Lock hospitals Punjab
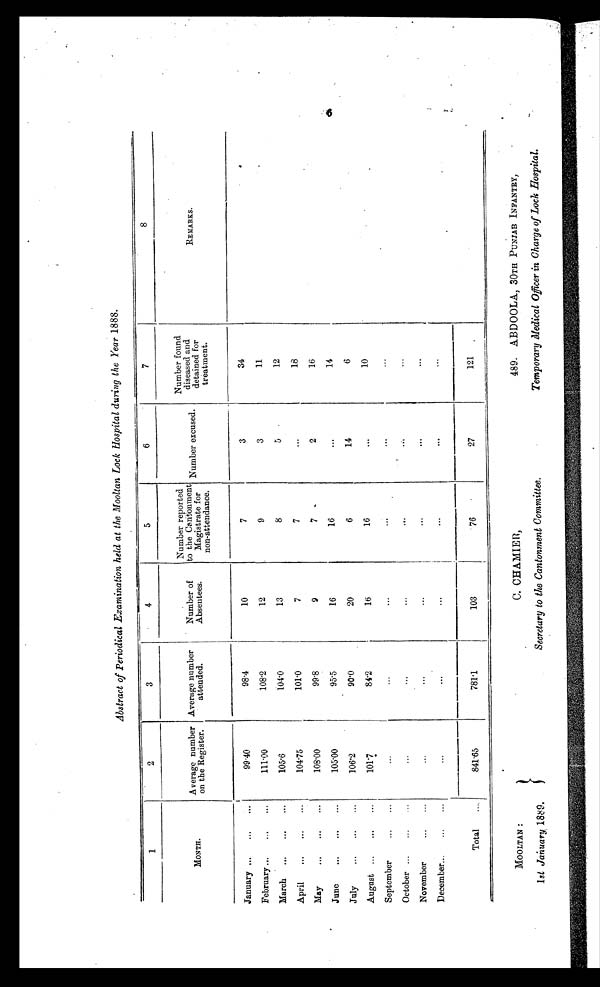
Abstract of Periodical Examination held at the Mooltan Lock Hospital during the Year 1888.
1
2
3
4
5
6
7
8
M o n t h .
A v e r a g e n u m b e r o n t h e R e g i s t e r .
A v e r a g e n u m b e r a t t e n d e d .
Number of
Absentees.
Number reported
to the Cantonment
Magistrate for
non-attendance.
Number excused.
Number found
diseased and
detained for
treatment.
REMARKS.
January...
...
...
99.40
98.4
10
7
3
34
February...
...
...
111.00
108.2
12
9
3
11
March...
...
...
105.6
104.0
13
8
5
12
April...
...
...
104.5
101.0
7
7
. . .
18
May...
. . .
...
108.00
99.8
9
7
2
16
June...
. . .
. . .
105.00
95.5
16
1
...
14
July...
...
...
106.2
90.0
20
6
14
6
August ...
...
...
101.7
84.2
16
1
. . .
10
September
...
..
...
...
...
...
. . .
...
October...
...
...
...
. . .
...
. . .
. . .
...
November
...
...
...
...
...
...
. . .
...
December...
...
...
...
...
...
...
. . .
...
Total
. . .
841.65
781.1
103
76
27
121
6
MOOLTAN
1st January 1889.
C. CHAMIER,
Secretary to the Cantonment Committee.
489. ABDOOLA, 30TH PUNJAB INFANTRY,
Temporary Medical Officer in Charge of Lock Hospital.